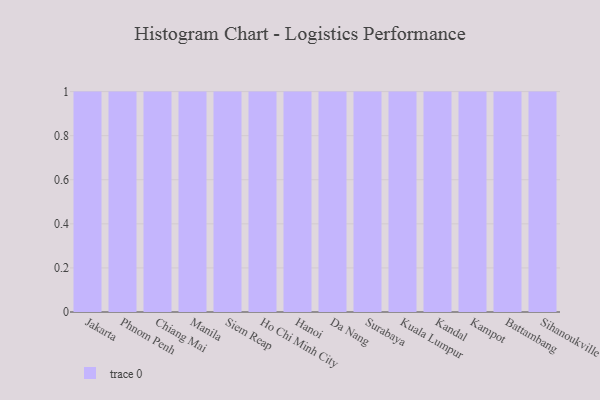
{"axis": {"x": "City", "y": "Gross Profit (USD K)"}, "legend": [""], "data": [{"x": "Jakarta", "y": 90, "type": ""}, {"x": "Phnom Penh", "y": 78, "type": ""}, {"x": "Chiang Mai", "y": 21, "type": ""}, {"x": "Manila", "y": 29, "type": ""}, {"x": "Siem Reap", "y": 33, "type": ""}, {"x": "Ho Chi Minh City", "y": 75, "type": ""}, {"x": "Hanoi", "y": 61, "type": ""}, {"x": "Da Nang", "y": 53, "type": ""}, {"x": "Surabaya", "y": 64, "type": ""}, {"x": "Kuala Lumpur", "y": 1, "type": ""}, {"x": "Kandal", "y": 41, "type": ""}, {"x": "Kampot", "y": 9, "type": ""}, {"x": "Battambang", "y": 16, "type": ""}, {"x": "Sihanoukville", "y": 24, "type": ""}]}